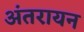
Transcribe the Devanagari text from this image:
अंतरायन